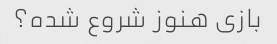
بازی هنوز شروع شده؟